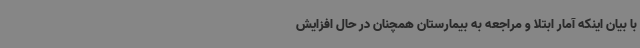
با بیان اینکه آمار ابتلا و مراجعه به بیمارستان همچنان در حال افزایش